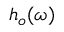
h _ { o } ( \omega )